Vaccination in Burma 1912-1922 - 1912-1922
Year: 1912
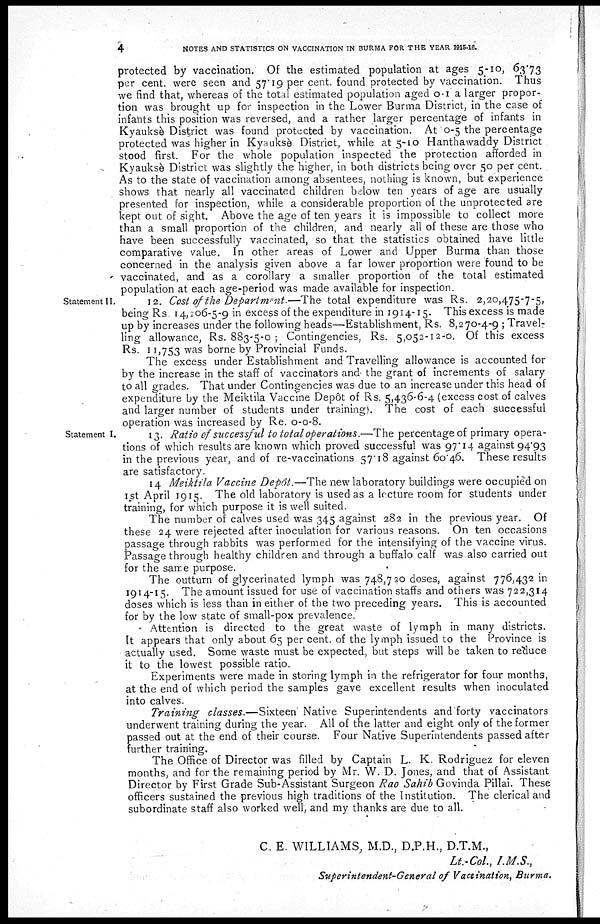
4
NOTES AND STATISTICS ON VACCINATION IN BURMA FOR THE YEAR 1915-16.
protected by vaccination. Of the estimated population at ages 5-10, 63.73
per cent. were seen and 57.19 per cent. found protected by vaccination. Thus
we find that, whereas of the total estimated population aged 0-1 a larger propor-
tion was brought up for inspection in the Lower Burma District, in the case of
infants this position was reversed, and a rather larger percentage of infants in
Kyauksè District was found protected by vaccination. At 0-5 the percentage
protected was higher in Kyauksè District, while at 5-10 Hanthawaddy District
stood first. For the whole population inspected the protection afforded in
Kyauksè District was slightly the higher, in both districts being over 50 per cent.
As to the state of vaccination among absentees, nothing is known, but experience
shows that nearly all vaccinated children below ten years of age are usually
presented for inspection, while a considerable proportion of the unprotected are
kept out of sight. Above the age of ten years it is impossible to collect more
than a small proportion of the children, and nearly all of these are those who
have been successfully vaccinated, so that the statistics obtained have little
comparative value. In other areas of Lower and Upper Burma than those
concerned in the analysis given above a far lower proportion were found to be
vaccinated, and as a corollary a smaller proportion of the total estimated
population at each age-period was made available for inspection.
Statement II.
12. Cost of the Department.— The total expenditure was Rs. 2,20,475-7-5,
being Rs 14,206-5-9 in excess of the expenditure in 1914-15. This excess is made
up by increases under the following heads—Establishment, Rs. 8,270-4-9 ; Travel-
ling allowance, Rs. 883-5-0 ; Contingencies, Rs. 5,052-12-0. Of this excess
Rs. 11,753 was borne by Provincial Funds.
The excess under Establishment and Travelling allowance is accounted for
by the increase in the staff of vaccinators and the grant of increments of salary
to all grades. That under Contingencies was due to an increase under this head of
expenditure by the Meiktila Vaccine Depôt of Rs. 5,436-6-4 (excess cost of calves
and larger number of students under training). The cost of each successful
operation was increased by Re. 0-0-8.
Statement I.
13. Ratio of successful to total operations.—The percentage of primary opera-
tions of which results are known which proved successful was 97.14 against 94.93
in the previous year, and of re-vaccinations 57.18 against 60.46. These results
are satisfactory.
14 Meiktila Vaccine Depôt.—The new laboratory buildings were occupied on
1st April 1915. The old laboratory is used as a lecture room for students under
training, for which purpose it is well suited.
The number of calves used was 345 against 282 in the previous year. Of
these 24 were rejected after inoculation for various reasons. On ten occasions
passage through rabbits was performed for the intensifying of the vaccine virus.
Passage through healthy children and through a buffalo calf was also carried out
for the same purpose.
The outturn of glycerinated lymph was 748,720 doses, against 776,432 in
1914-15. The amount issued for use of vaccination staffs and others was 722,314
doses which is less than in either of the two preceding years. This is accounted
for by the low state of small-pox prevalence.
Attention is directed to the great waste of lymph in many districts.
It appears that only about 65 per cent. of the lymph issued to the Province is
actually used. Some waste must be expected, but steps will be taken to reduce
it to the lowest possible ratio.
Experiments were made in storing lymph in the refrigerator for four months,
at the end of which period the samples gave excellent results when inoculated
into calves.
Training classes.—Sixteen Native Superintendents and forty vaccinators
underwent training during the year. All of the latter and eight only of the former
passed out at the end of their course. Four Native Superintendents passed after
further training.
The Office of Director was filled by Captain L. K. Rodriguez for eleven
months, and for the remaining period by Mr. W. D. Jones, and that of Assistant
Director by First Grade Sub-Assistant Surgeon Rao Sahib Govinda Pillai. These
officers sustained the previous high traditions of the Institution. The clerical and
subordinate staff also worked well, and my thanks are due to all.
C. E. WILLIAMS, M.D., D.P.H., D.T.M.,
Lt.-Col., I.M.S.,
Superintendent-General of Vaccination, Burma.